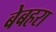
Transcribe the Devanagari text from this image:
बेबहरा